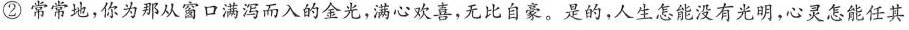
②常常地，你为那从窗口满泻而入的金光，满心欢喜，无比自豪。是的，人生怎能没有光明，心灵怎能任其